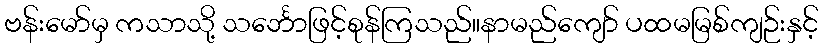
ဗန်းမော်မှ ကသာသို့ သင်္ဘောဖြင့်စုန်ကြသည်။နာမည်ကျော် ပထမမြစ်ကျဉ်းနှင့်